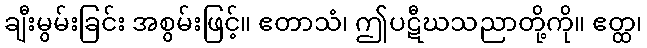
ချီးမွမ်းခြင်း အစွမ်းဖြင့်။ ဧတာသံ၊ ဤပဋီဃသညာတို့ကို။ ဧတ္ထ၊